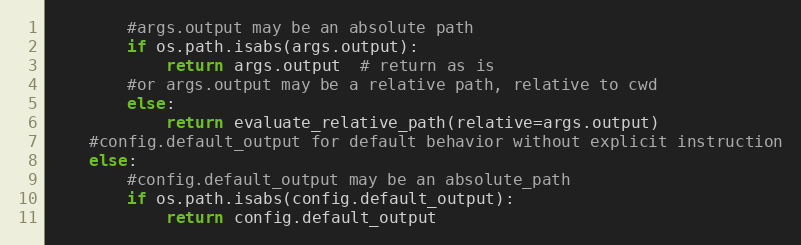
Language: Python
        #args.output may be an absolute path
        if os.path.isabs(args.output):
            return args.output  # return as is
        #or args.output may be a relative path, relative to cwd
        else:
            return evaluate_relative_path(relative=args.output)
    #config.default_output for default behavior without explicit instruction
    else:
        #config.default_output may be an absolute_path
        if os.path.isabs(config.default_output):
            return config.default_output